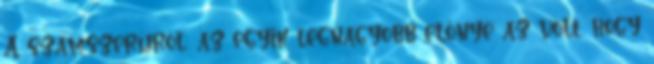
A számszeríjról: az egyik legnagyobb előnye az volt, hogy